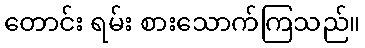
တောင်း ရမ်း စားသောက်ကြသည်။